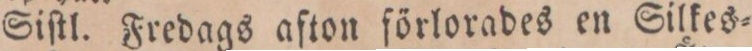
Siſtl. Fredags afton förlorades en Silkes=